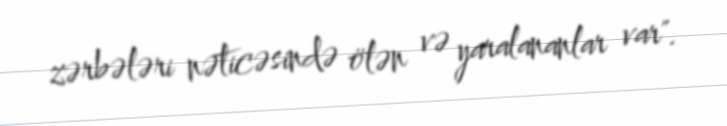
zərbələri nəticəsində ölən və yaralananlar var".